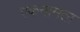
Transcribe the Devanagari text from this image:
एकनामता